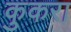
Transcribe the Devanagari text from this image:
कुकरा